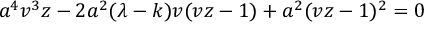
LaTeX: a ^ { 4 } v ^ { 3 } z - 2 a ^ { 2 } ( \lambda - k ) v ( v z - 1 ) + a ^ { 2 } ( v z - 1 ) ^ { 2 } = 0